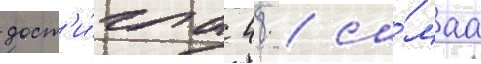
дост'и́гла 48 / са́маа